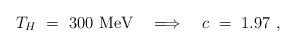
LaTeX: \begin{align*}T_H ~=~ 300~{\rm MeV} ~~~\Longrightarrow~~~ c~=~ 1.97~,\end{align*}